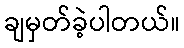
ချမှတ်ခဲ့ပါတယ်။